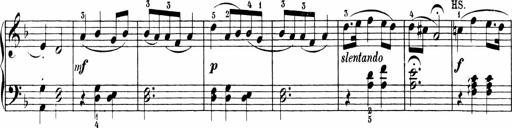
Title: 6 Sonatinas
Composer: Carl Reinecke